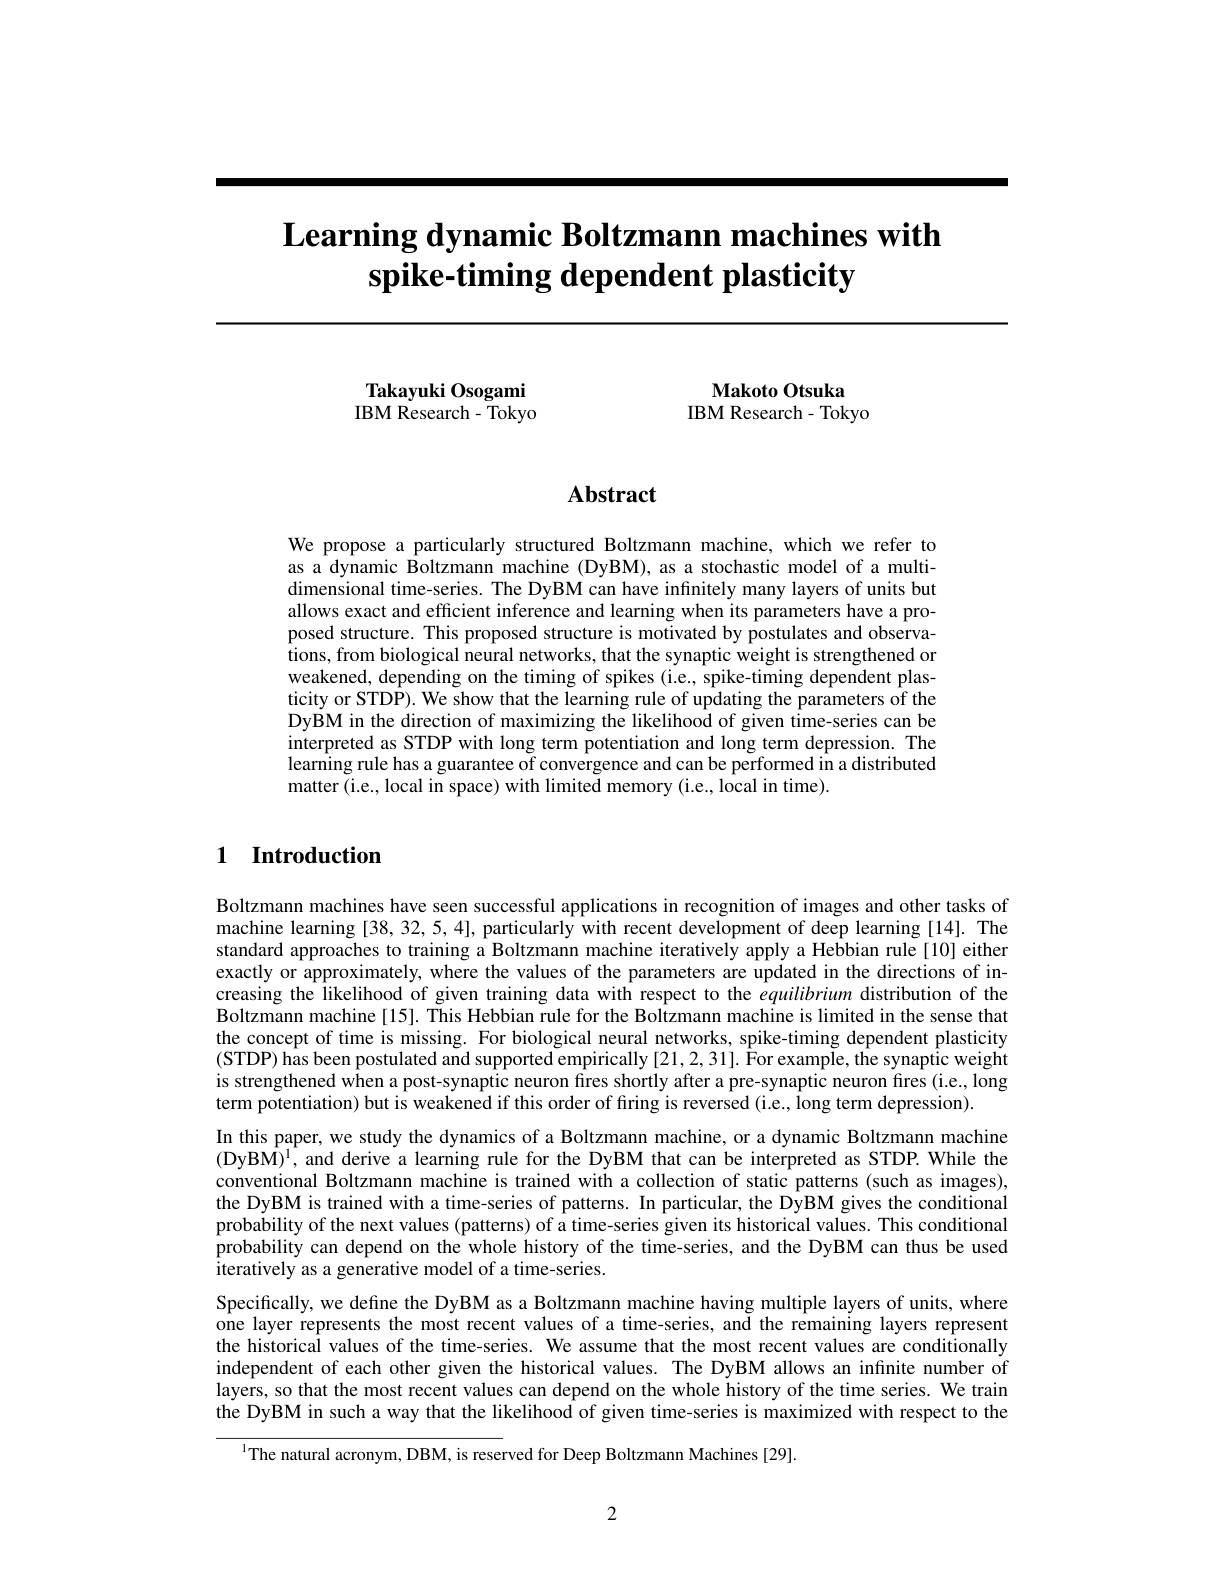
# $\textbf{Learning dynamic Boltzmann machines with}$ $\textbf{spike- timing dependent plasticity}$

Takayuki Osogami IBM Research- $\bar{T}$okyo

Makoto Otsuka
IBM Research- Tokyo

## $\mathbf{Abstract}$

We propose a particularly structured Boltzmann machine, which we refer to as a dynamic Boltzmann machine (DyBM), as a stochastic model of a multidimensional time-series. The DyBM can have infinitely many layers of units but allows exact and efficient inference and learning when its parameters have a proposed structure. This proposed structure is motivated by postulates and observations, from biological neural networks, that the synaptic weight is strengthened or weakened, depending on the timing of spikes (i.e., spike-timing dependent plasticity or STDP). We show that the learning rule of updating the parameters of the DyBM in the direction of maximizing the likelihood of given time-series can be interpreted as STDP with long term potentiation and long term depression. The $\hat{\text{learning rule has a guarantee of convergence and can be performed in a distributed}}$ matter (i.e., local in space) with limited memory (i.e., local in time).

# 1 Introduction

Boltzmann machines have seen successful applications in recognition of images and other tasks of machine learning [38, 32, 5, 4], particularly with recent development of deep learning [14]. The standard approaches to training a Boltzmann machine iteratively apply a Hebbian rule[10] either exactly or approximately, where the values of the parameters are updated in the directions of increasing the likelihood of given training data with respect to the equilibrium distribution of the Boltzmann machine[15]. This Hebbian rule for the Boltzmann machine is limited in the sense that the concept of time is missing. For biological neural networks, spike-timing dependent plasticity $(S$TDP) has been postulated and supported empirically [21,2,31]. ÎFor example, the synaptic weight is strengthened when a post-synaptic neuron fires shortly after a pre-synaptic neuron fires (i.e., long term potentiation) but is weakened if this order of firing is reversed (i.e., long term depression).
In this paper, we study the dynamics of a Boltzmann machine, or a dynamic Boltzmann machine (DyBM)$^1$, and derive a learning rule for the DyBM that can be interpreted as STDP. While the conventional Boltzmann machine is trained with a collection of static patterns (such as images), the DyBM is trained with a time-series of patterns. In particular, the DyBM gives the conditional probability of the next values (patterns) of a time-series given its historical values. This conditional probability can depend on the whole history of the time-series, and the DyBM can thus be used iteratively as a generative model of a time-series.
Specifically, we define the DyBM as a Boltzmann machine having multiple layers of units, where $\hat{\text{one layer represents the most recent values of a time-series, and the remaining layers represent}}$ the historical values of the time-series. We assume that the most recent values are conditionally independent of each other given the historical values. The DyBM allows an infinite number of layers, so that the most recent values can depend on the whole history of the time series. We train the DyBM in such a way that the likelihood of given time-series is maximized with respect to the
$^{1}$The natural acronym, DBM, is reserved for Deep Boltzmann Machines [29].

2